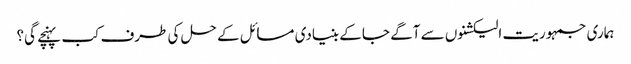
ہماری جمہوریت الیکشنوں سے آگے جا کے بنیادی مسائل کے حل کی طرف کب پہنچے گی؟